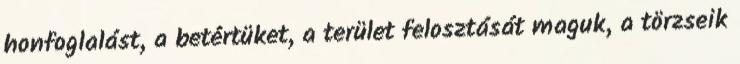
honfoglalást, a betértüket, a terület felosztását maguk, a törzseik